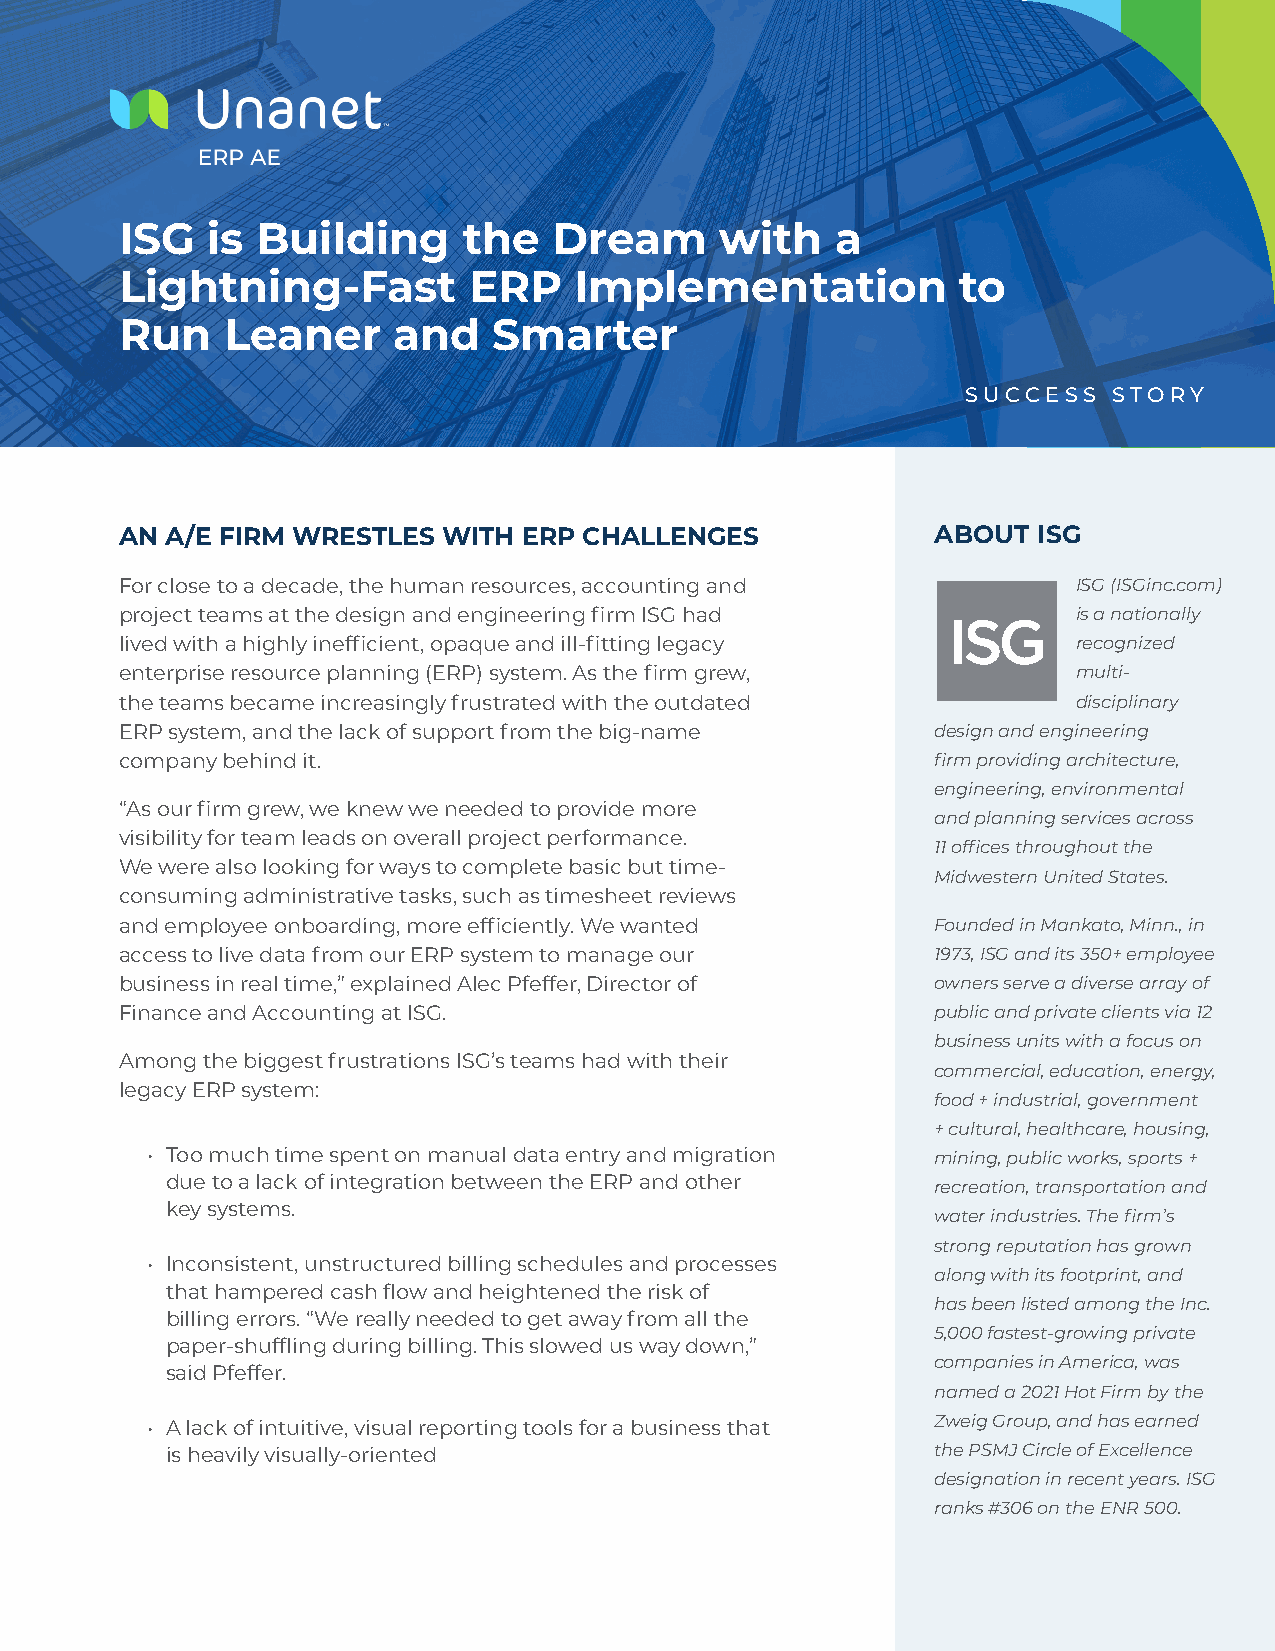
ISG   is Building      the   Dream      with   a
 Lightning-Fast         ERP    Implementation            to
 Run    Leaner     and    Smarter
 SUCCESS   STORY
 AN A/E FIRM WRESTLES WITH  ERP CHALLENGES             ABOUT  ISG
 For close to a decade, the human resources, accounting and A   ISG (ISGinc.com)
 project teams at the design and engineering firm ISG had       is a nationally
 lived with a highly inefficient, opaque and ill-fitting legacy recognized
 enterprise resource planning (ERP) system. As the firm grew,   multi-
 the teams became increasingly frustrated with the outdated     disciplinary
 ERP system, and the lack of support from the big-name design and engineering
 company behind it.                                    firm providing architecture,
 engineering, environmental
 “As our firm grew, we knew we needed to provide more
 and planning services across
 visibility for team leads on overall project performance.
 11 offices throughout the
 We were also looking for ways to complete basic but time-
 Midwestern United States.
 consuming administrative tasks, such as timesheet reviews
 and employee onboarding, more efficiently. We wanted  Founded in Mankato, Minn., in
 access to live data from our ERP system to manage our 1973, ISG and its 350+ employee
 business in real time,” explained Alec Pfeffer, Director of owners serve a diverse array of
 Finance and Accounting at ISG.                        public and private clients via 12
 business units with a focus on
 Among the biggest frustrations ISG’s teams had with their
 commercial, education, energy,
 legacy ERP system:
 food + industrial, government
 + cultural, healthcare, housing,
 • Too much time spent on manual data entry and migration mining, public works, sports +
 due to a lack of integration between the ERP and other
 recreation, transportation and
 key systems.
 water industries. The firm’s
 strong reputation has grown
 • Inconsistent, unstructured billing schedules and processes
 along with its footprint, and
 that hampered cash flow and heightened the risk of
 has been listed among the Inc.
 billing errors. “We really needed to get away from all the
 5,000 fastest-growing private
 paper-shuffling during billing. This slowed us way down,”
 companies in America, was
 said Pfeffer.
 named a 2021 Hot Firm by the
 • A lack of intuitive, visual reporting tools for a business that Zweig Group, and has earned
 is heavily visually-oriented                       the PSMJ Circle of Excellence
 designation in recent years. ISG
 ranks #306 on the ENR 500.